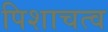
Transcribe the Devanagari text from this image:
पिशाचत्व